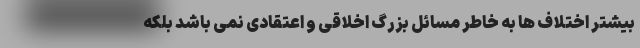
بیشتر اختلاف ها به خاطر مسائل بزرگ اخلاقی و اعتقادی نمی باشد بلکه